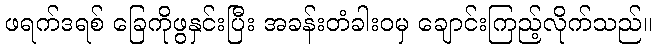
ဖရက်ဒရစ် ခြေကိုဖွနှင်းပြီး အခန်းတံခါးဝမှ ချောင်းကြည့်လိုက်သည်။